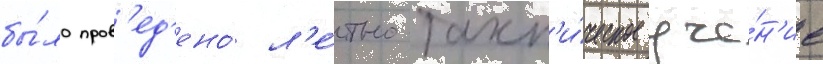
бы́ло пров'ед'ено́ л'е́тно-такт'и́ческое уче́н'ие